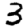
Digit: 3